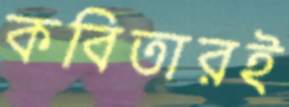
কবিতারই